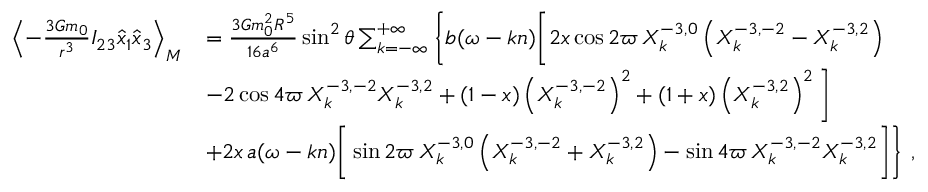
\begin{array} { r l } { \left\langle - \frac { 3 { \cal G } m _ { 0 } } { r ^ { 3 } } I _ { 2 3 } \hat { x } _ { 1 } \hat { x } _ { 3 } \right\rangle _ { M } } & { = \frac { 3 { \cal G } m _ { 0 } ^ { 2 } R ^ { 5 } } { 1 6 a ^ { 6 } } \sin ^ { 2 } \theta \sum _ { k = - \infty } ^ { + \infty } \Bigg \{ b ( \omega - k n ) \bigg [ 2 x \cos 2 \varpi \, X _ { k } ^ { - 3 , 0 } \left( X _ { k } ^ { - 3 , - 2 } - X _ { k } ^ { - 3 , 2 } \right) } \\ & { - 2 \cos 4 \varpi \, X _ { k } ^ { - 3 , - 2 } X _ { k } ^ { - 3 , 2 } + ( 1 - x ) \left( X _ { k } ^ { - 3 , - 2 } \right) ^ { 2 } + ( 1 + x ) \left( X _ { k } ^ { - 3 , 2 } \right) ^ { 2 } \bigg ] } \\ & { + 2 x \, a ( \omega - k n ) \bigg [ \sin 2 \varpi \, X _ { k } ^ { - 3 , 0 } \left( X _ { k } ^ { - 3 , - 2 } + X _ { k } ^ { - 3 , 2 } \right) - \sin 4 \varpi \, X _ { k } ^ { - 3 , - 2 } X _ { k } ^ { - 3 , 2 } \bigg ] \Bigg \} \ , } \end{array}